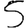
Digit: 5